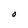
Character: O